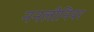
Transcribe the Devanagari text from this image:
ननलीनियर